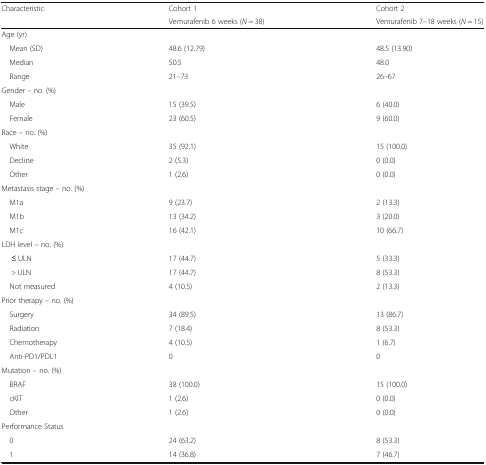
<table><thead><tr><td rowspan="2"><b>Characteristic</b></td><td><b>Cohort 1</b></td><td><b>Cohort 2</b></td></tr><tr><td><b>Vemurafenib 6 weeks (<i>N</i> = 38)</b></td><td><b>Vemurafenib 7–18 weeks (<i>N</i> = 15)</b></td></tr></thead><tbody><tr><td colspan="3">Age (yr)</td></tr><tr><td> Mean (SD)</td><td>48.6 (12.79)</td><td>48.5 (13.90)</td></tr><tr><td> Median</td><td>50.5</td><td>48.0</td></tr><tr><td> Range</td><td>21–73</td><td>26–67</td></tr><tr><td colspan="3">Gender – no. (%)</td></tr><tr><td> Male</td><td>15 (39.5)</td><td>6 (40.0)</td></tr><tr><td> Female</td><td>23 (60.5)</td><td>9 (60.0)</td></tr><tr><td colspan="3">Race – no. (%)</td></tr><tr><td> White</td><td>35 (92.1)</td><td>15 (100.0)</td></tr><tr><td> Decline</td><td>2 (5.3)</td><td>0 (0.0)</td></tr><tr><td> Other</td><td>1 (2.6)</td><td>0 (0.0)</td></tr><tr><td colspan="3">Metastasis stage – no. (%)</td></tr><tr><td> M1a</td><td>9 (23.7)</td><td>2 (13.3)</td></tr><tr><td> M1b</td><td>13 (34.2)</td><td>3 (20.0)</td></tr><tr><td> M1c</td><td>16 (42.1)</td><td>10 (66.7)</td></tr><tr><td colspan="3">LDH level – no. (%)</td></tr><tr><td>≤ ULN</td><td>17 (44.7)</td><td>5 (33.3)</td></tr><tr><td>&gt; ULN</td><td>17 (44.7)</td><td>8 (53.3)</td></tr><tr><td> Not measured</td><td>4 (10.5)</td><td>2 (13.3)</td></tr><tr><td colspan="3">Prior therapy – no. (%)</td></tr><tr><td> Surgery</td><td>34 (89.5)</td><td>13 (86.7)</td></tr><tr><td> Radiation</td><td>7 (18.4)</td><td>8 (53.3)</td></tr><tr><td> Chemotherapy</td><td>4 (10.5)</td><td>1 (6.7)</td></tr><tr><td> Anti-PD1/PDL1</td><td>0</td><td>0</td></tr><tr><td colspan="3">Mutation – no. (%)</td></tr><tr><td> BRAF</td><td>38 (100.0)</td><td>15 (100.0)</td></tr><tr><td> cKIT</td><td>1 (2.6)</td><td>0 (0.0)</td></tr><tr><td> Other</td><td>1 (2.6)</td><td>0 (0.0)</td></tr><tr><td colspan="3">Performance Status</td></tr><tr><td> 0</td><td>24 (63.2)</td><td>8 (53.3)</td></tr><tr><td> 1</td><td>14 (36.8)</td><td>7 (46.7)</td></tr></tbody></table>